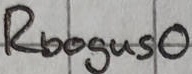
Text: Rbogus0